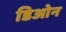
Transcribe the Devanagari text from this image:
डिओन